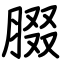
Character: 腏